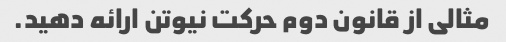
مثالی از قانون دوم حرکت نیوتن ارائه دهید.